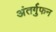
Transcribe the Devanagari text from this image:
अंतर्गुफन